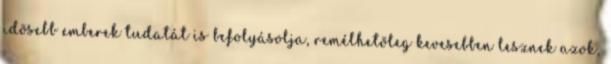
idõsebb emberek tudatát is befolyásolja, remélhetõleg kevesebben lesznek azok,